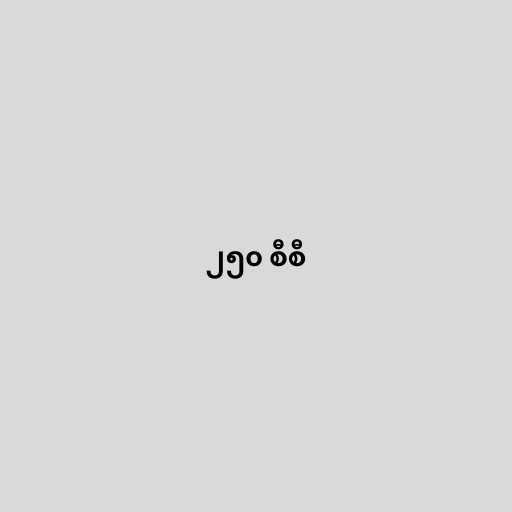
၂၅၀ စီစီ